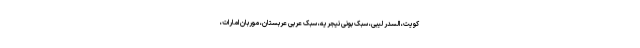
کویت، السدر لیبی، سبک بونی نیجریه، سبک عربی عربستان، موربان امارات،